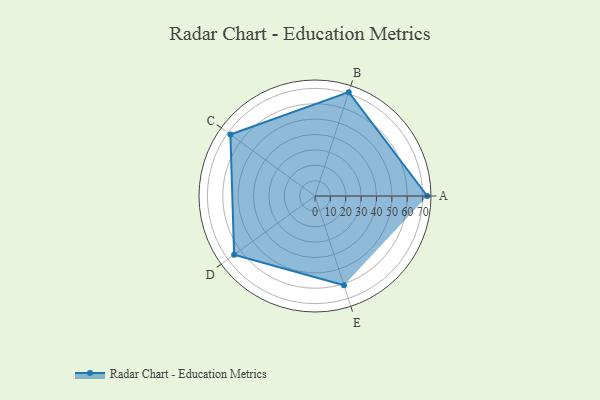
{"axis": {"x": "Skill", "y": "Score"}, "legend": ["Profile"], "data": [{"x": "A", "y": 73.0, "type": "Profile"}, {"x": "B", "y": 71.0, "type": "Profile"}, {"x": "C", "y": 68.0, "type": "Profile"}, {"x": "D", "y": 65.0, "type": "Profile"}, {"x": "E", "y": 61.0, "type": "Profile"}]}